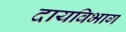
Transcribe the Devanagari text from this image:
दायविभाग